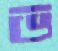
ভ